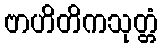
ဗာဟိတိကသုတ္တံ